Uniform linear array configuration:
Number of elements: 16
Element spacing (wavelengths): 0.25
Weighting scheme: kaiser
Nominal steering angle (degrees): -45
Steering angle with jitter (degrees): -46.627
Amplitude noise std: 0.05
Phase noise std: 0.05

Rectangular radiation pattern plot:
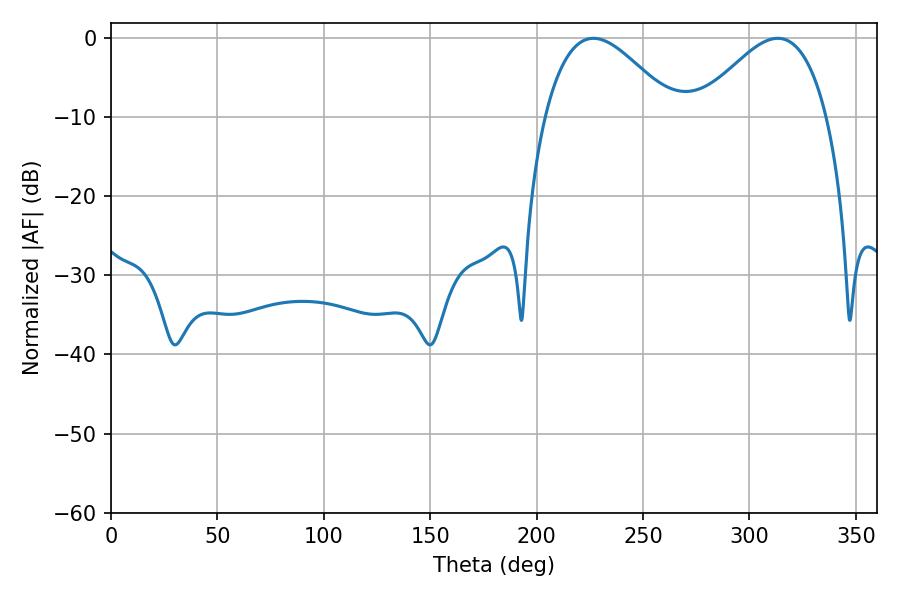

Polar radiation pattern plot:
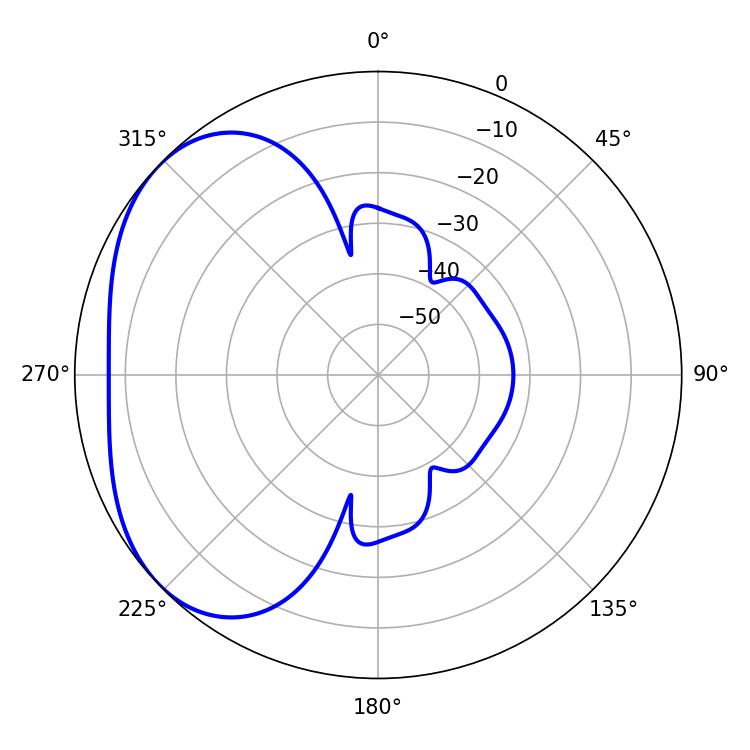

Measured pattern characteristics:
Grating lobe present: FALSE
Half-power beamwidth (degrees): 32.58
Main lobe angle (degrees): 226.62